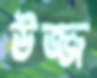
উজ্জ